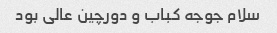
سلام جوجه کباب و دورچین عالی بود